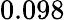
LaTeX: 0.098